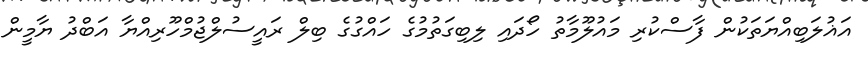
އަޣުލަބިއްޔަތަކުން ފާސްކުރި މައުލޫމާތު ހޯދައި ލިބިގަތުމުގެ ހައްގުގެ ބިލް ރައީސުލްޖުމްހޫރިއްޔާ އަބްދު ޔާމީން